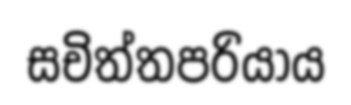
සචිත්තපරියාය